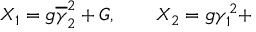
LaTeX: X _ { 1 } = g \overline { { { \gamma } } } _ { 2 } ^ { 2 } + { \cal G } , \qquad X _ { 2 } = g \gamma _ { 1 } ^ { 2 } +